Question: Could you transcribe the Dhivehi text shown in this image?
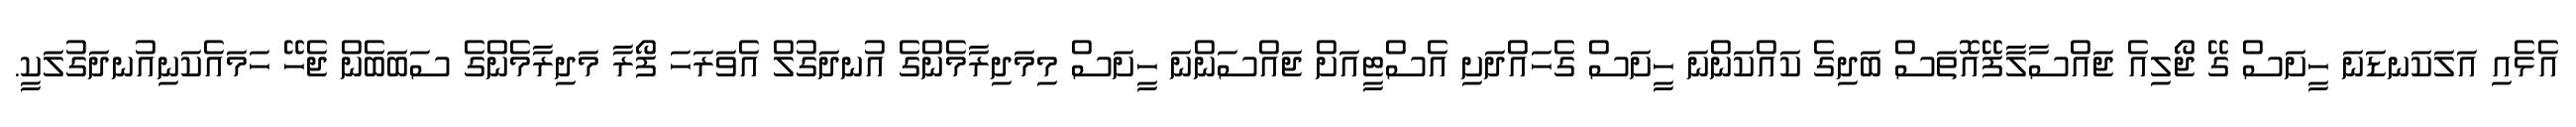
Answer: އެޅެއި އަލަކަނޑަނަ ހީށަސް ގޭ ޖޯލިއެ ޖައްސާލާފޭއޮތަސް ބަދިގެ ކައްކަންނަ ހީށަސް ގެހައްދަށި އެސްޓީއަށް ޖައްސަންނަ ހީށަސް މިމަދިރާމެންގެ އުނދަގުލް އެވަރަހަ ފޯރާ މަދިރާމެންގެ ސަބަބެން ޖެހޭ ހަމައެކަނިއުނދަގުލަކީ.